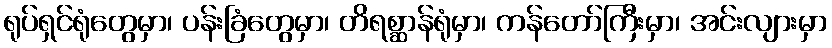
ရုပ်ရှင်ရုံတွေမှာ၊ ပန်းခြံတွေမှာ၊ တိရစ္ဆာန်ရုံမှာ၊ ကန်တော်ကြီးမှာ၊ အင်းလျားမှာ